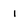
Character: 1